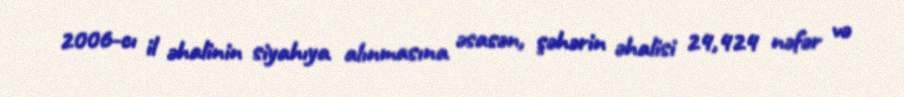
2006-cı il əhalinin siyahıya alınmasına əsasən, şəhərin əhalisi 24,424 nəfər və